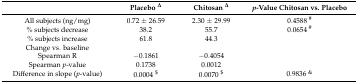
<table><thead><tr><td></td><td><b>Placebo <sup>∆</sup></b></td><td><b>Chitosan <sup>∆</sup></b></td><td><b><i>p</i>-Value Chitosan vs. Placebo</b></td></tr></thead><tbody><tr><td>All subjects (ng/mg)</td><td>0.72 ± 26.59</td><td>2.30 ± 29.99</td><td>0.4588 <sup>#</sup></td></tr><tr><td>% subjects decrease</td><td>38.2</td><td>55.7</td><td>0.0654 <sup>#</sup></td></tr><tr><td>% subjects increase</td><td>61.8</td><td>44.3</td><td></td></tr><tr><td>Change vs. baseline</td><td></td><td></td><td></td></tr><tr><td>Spearman R</td><td>−0.1861</td><td>−0.4054</td><td></td></tr><tr><td>Spearman <i>p</i>-value</td><td>0.1738</td><td>0.0012</td><td></td></tr><tr><td>Difference in slope (<i>p</i>-value)</td><td>0.0004 <sup>$</sup></td><td>0.0070 <sup>$</sup></td><td>0.9836 <sup>&amp;</sup></td></tr></tbody></table>